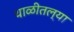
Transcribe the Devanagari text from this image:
थाळीतल्या